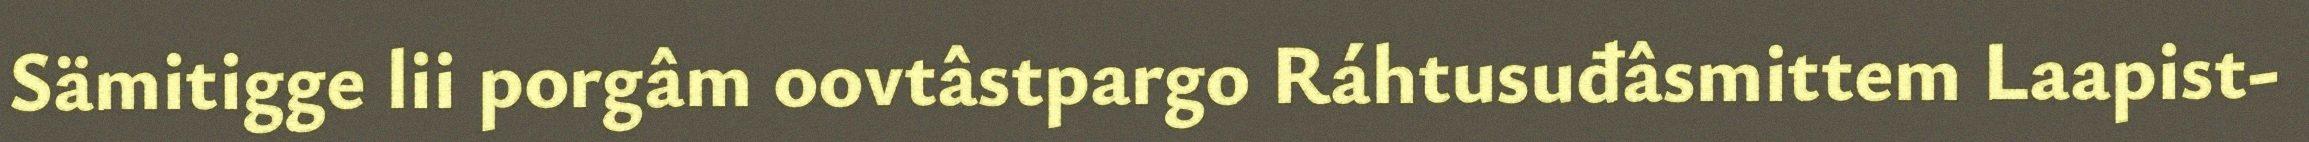
Sämitigge lii porgâm oovtâstpargo Ráhtusuđâsmittem Laapist-